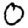
Digit: 0